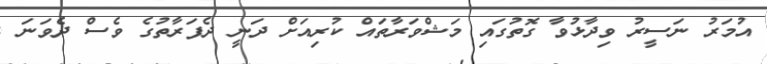
އުމަރު ނަސީރު ވިދާޅުވާ ގޮތުގައި މަޝްވަރާތައް ކުރިއަށް ދަނީ ދެފަރާތުގެ ވެސް ދެވަނަ